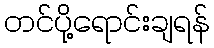
တင်ပို့ရောင်းချရန်